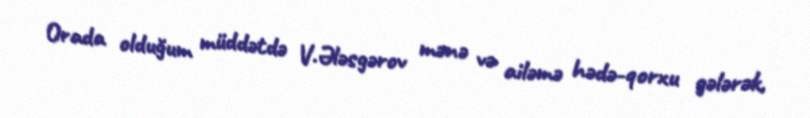
Orada olduğum müddətdə V.Ələsgərov mənə və ailəmə hədə-qorxu gələrək,